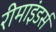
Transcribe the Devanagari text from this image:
रीमाइंडर्स